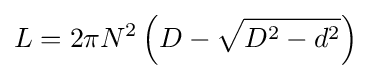
L=2\pi N^{2}\left(D-{\sqrt {D^{2}-d^{2}}}\right)